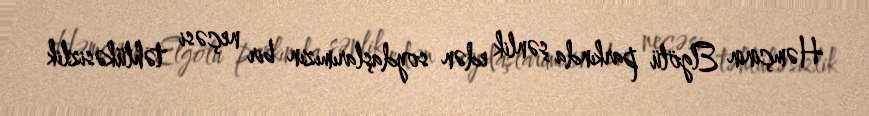
Həmçinin Elgölü parkında şənlik edən soydaşlarımızın bir neçəsi təhlükəsizlik